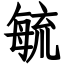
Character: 毓